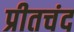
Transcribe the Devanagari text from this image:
प्रीतचंद